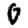
Digit: 0